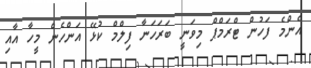
އެންމެ ފަހުން ޓްރަމްޕް މިވަނީ ބަރަހަނާ ފިލްމް ކުޅޭ އަންހެން މީހާ އާއި